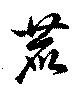
鹿